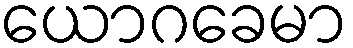
ယောဂခေမာ